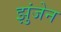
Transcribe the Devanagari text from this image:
झुंजेन